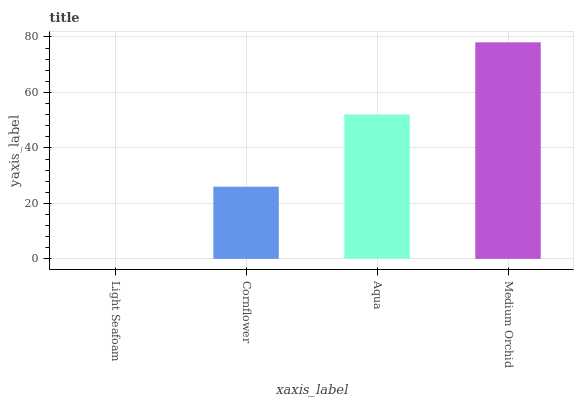
| xaxis_label | bars |
 | --- | --- |
 | Light Seafoam | 0 |
 | Cornflower | 26 |
 | Aqua | 52 |
 | Medium Orchid | 78.1 |